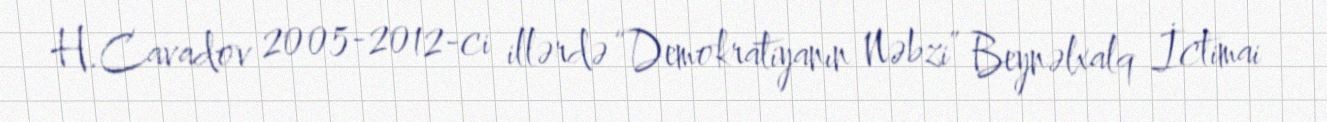
H.Cavadov 2005-2012-ci illərdə “Demokratiyanın Nəbzi” Beynəlxalq İctimai